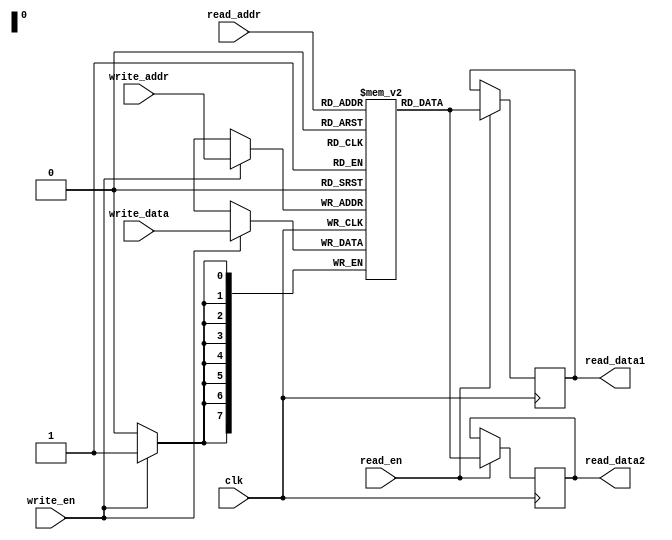
module dual_port_ram (
    input wire clk,
    input wire write_en,
    input wire [7:0] write_addr,
    input wire [7:0] write_data,
    input wire read_en,
    input wire [7:0] read_addr,
    output reg [7:0] read_data1,
    output reg [7:0] read_data2
);

reg [7:0] mem [0:255]; // Declaring a 256x8 RAM

always @ (posedge clk) begin
    if (write_en) begin
        mem[write_addr] <= write_data;
    end
end

always @ (posedge clk) begin
    if (read_en) begin
        read_data1 <= mem[read_addr];
    end
end

always @ (posedge clk) begin
    if (read_en) begin
        read_data2 <= mem[read_addr];
    end
end

endmodule